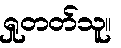
ရှုတတ်သူ။